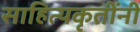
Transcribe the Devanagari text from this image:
साहित्यकृतींनी